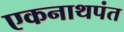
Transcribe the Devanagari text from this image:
एकनाथपंत